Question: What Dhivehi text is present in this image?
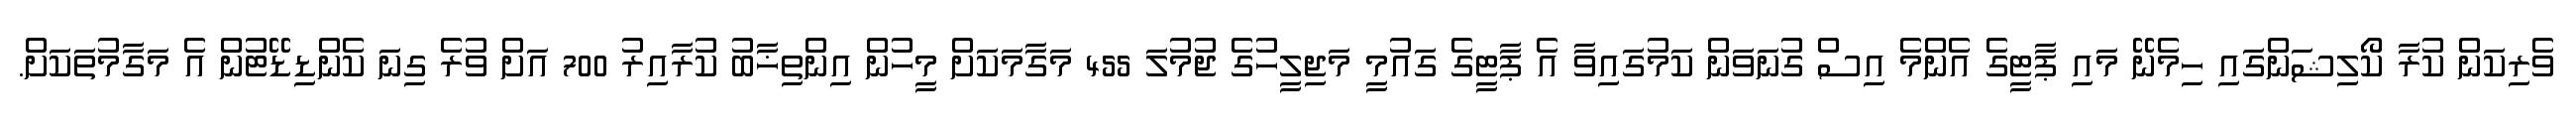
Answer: ވެރިކަން ކުރާ ކޯލިޝަންގައި ހިމެނޭ މައި ޕާޓީގެ އެންމެ އިސް ގުނަވަން ކަމުގައިވާ އެ ޕާޓީގެ ގައުމީ މަޖިލީހުގެ ޖުމުލަ 455 މަގާމަކަށް މީހުން އިންތިޚާބު ކުރާއިރު 700 އަށް ވުރެ ގިނަ ކެންޑިޑޭޓުން އެ މަގާމުތަކަށް.